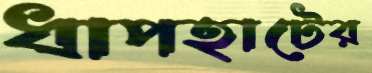
ধাপহাটের